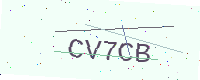
Text: CV7CB